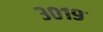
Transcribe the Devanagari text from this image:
३०१९